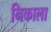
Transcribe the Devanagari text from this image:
निकाला